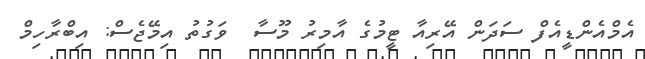
އެމްއެންޑީއެފް ސަދަން އޭރިއާ ޓީމުގެ އާމިރު މޫސާ  ވަގުތު އިމޭޖެސް: އިބްރާހިމް